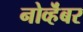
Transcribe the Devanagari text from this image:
नोव्हॆंबर